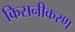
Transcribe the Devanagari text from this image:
किसनीकरण